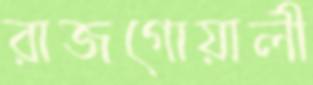
রাজগোয়ালী